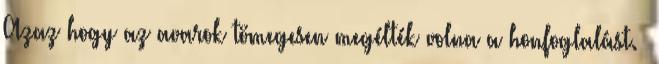
Azaz hogy az avarok tömegesen megélték volna a honfoglalást.